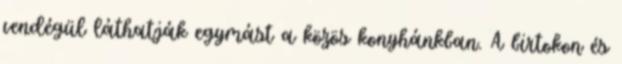
vendégül láthatják egymást a közös konyhánkban. A birtokon és